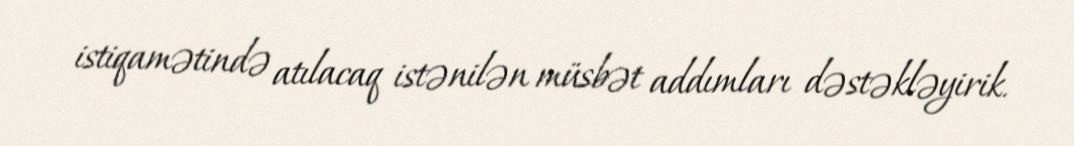
istiqamətində atılacaq istənilən müsbət addımları dəstəkləyirik.